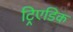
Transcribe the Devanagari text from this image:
ट्रिएडिक